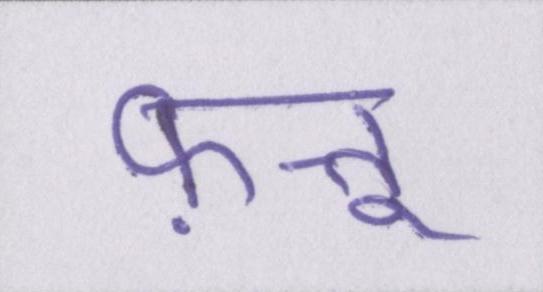
फ़त्तू